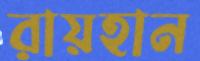
রায়হান